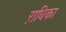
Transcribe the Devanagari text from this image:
ऱाधिका